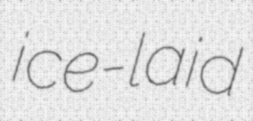
ice-laid